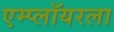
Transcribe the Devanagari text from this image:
एम्प्लॉयरला